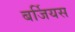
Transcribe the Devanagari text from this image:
बर्जियस